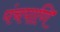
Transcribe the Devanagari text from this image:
पंचपाणि